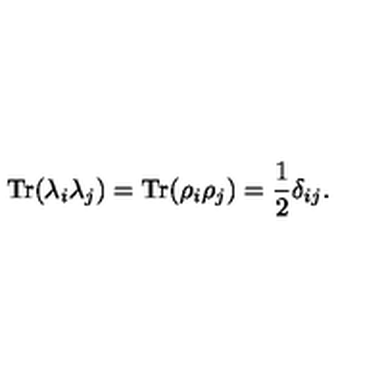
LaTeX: \mathrm { T r } ( \lambda _ { i } \lambda _ { j } ) = \mathrm { T r } ( \rho _ { i } \rho _ { j } ) = \frac 1 2 \delta _ { i j } .